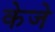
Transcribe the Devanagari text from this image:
केजे